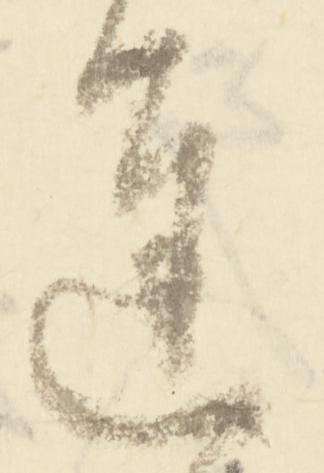
遅